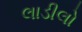
લાડીલો